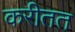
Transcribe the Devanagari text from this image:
करीतत